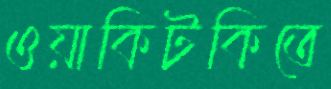
ওয়াকিটকিতে